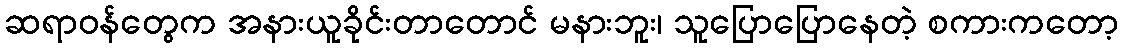
ဆရာဝန်တွေက အနားယူခိုင်းတာတောင် မနားဘူး၊ သူပြောပြောနေတဲ့ စကားကတော့